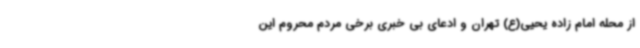
از محله امام زاده یحیی(ع) تهران و ادعای بی خبری برخی مردم محروم این